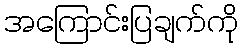
အကြောင်းပြချက်ကို